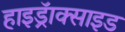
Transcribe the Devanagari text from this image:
हाइड्रॅाक्साइड